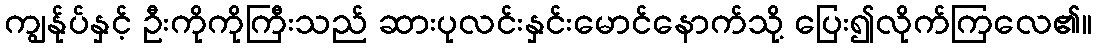
ကျွန်ုပ်နှင့် ဦးကိုကိုကြီးသည် ဆားပုလင်းနှင်းမောင်နောက်သို့ ပြေး၍လိုက်ကြလေ၏။